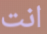
انت